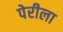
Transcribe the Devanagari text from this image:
पेरीला